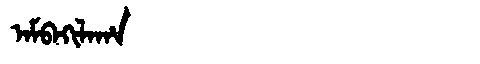
Manchu: ᠠᠮᠪᠠᡴᡳᠯᠠᡥᠠ
Romanization: AMBAKILAHA